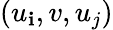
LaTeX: (u_{\mathbf{i}},v,u_{j})